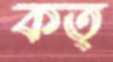
কত্